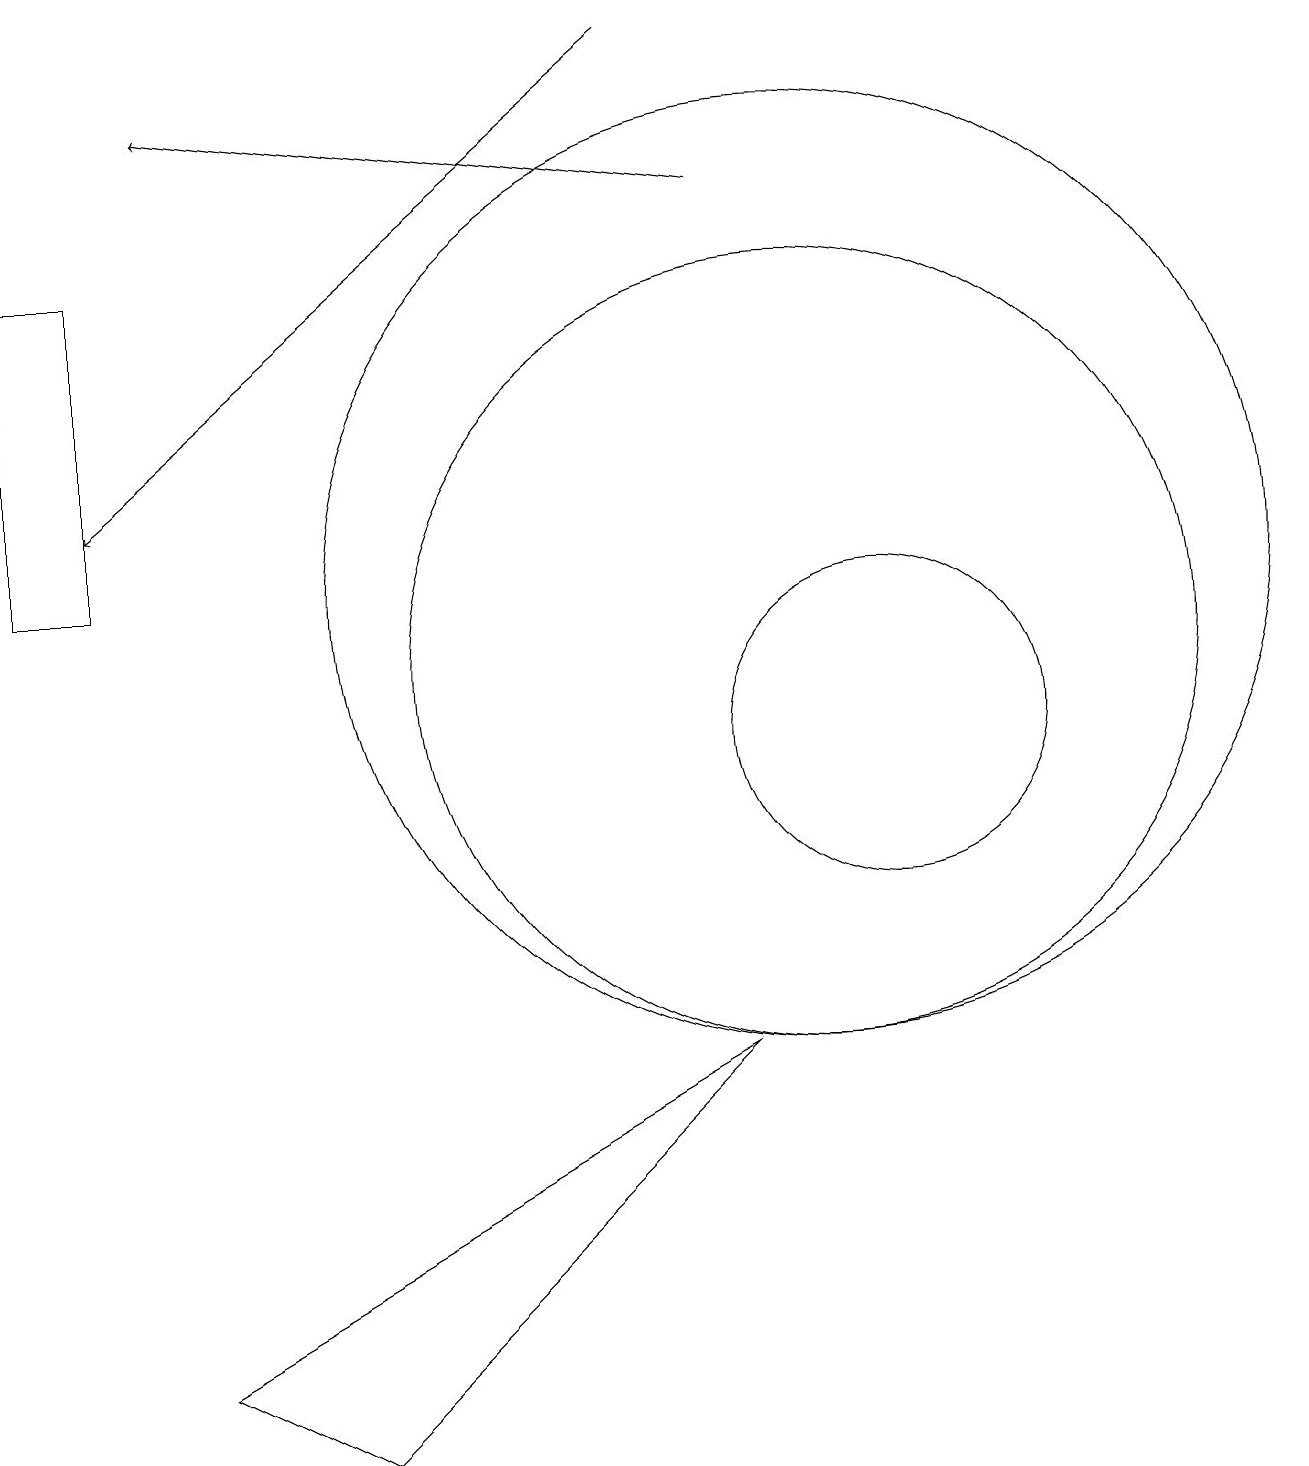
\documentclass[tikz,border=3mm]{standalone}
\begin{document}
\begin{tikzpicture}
\draw (11,12) circle (0);
\draw[->] (8,19) -- (1,13);
\draw (10,11) circle (5);
\draw (0,16) rectangle (1,12);
\draw[->] (9,17) -- (2,18);
\draw (10,12) circle (6);
\draw (11,10) circle (2);
\draw (4,1) -- (2,2) -- (9,6) -- cycle;
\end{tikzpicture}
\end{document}